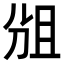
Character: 𠜞